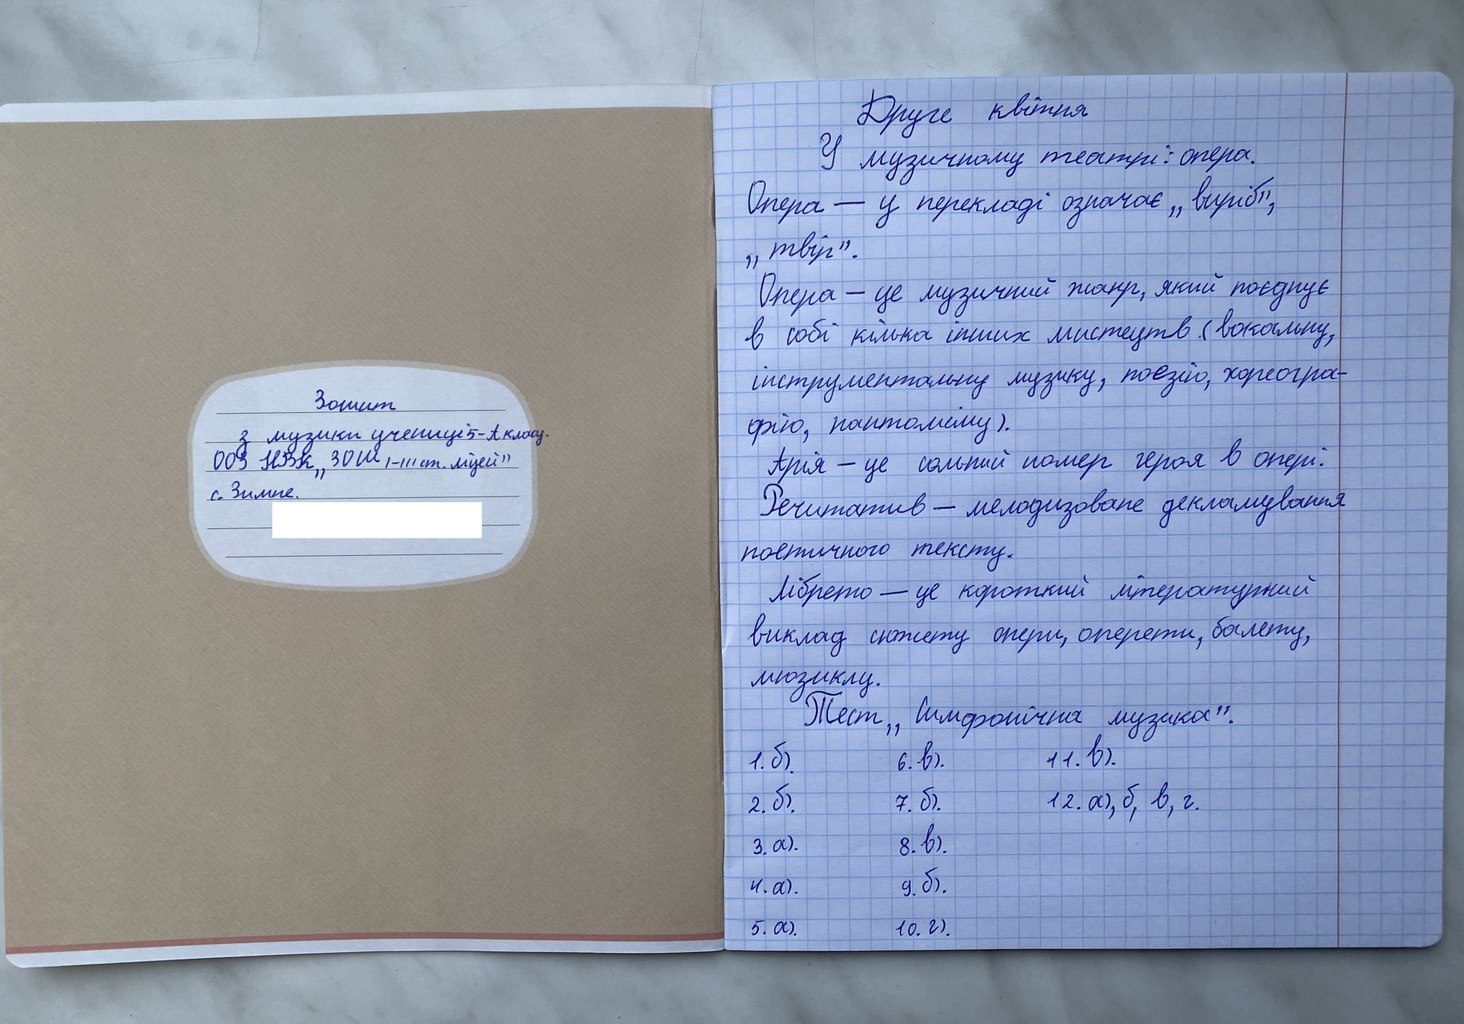
Друге квітня
У музичному театрі: опера.
Опера — у перекладі означає „виріб",
"твір".
Опера - це музичний жанр, який поєднує
в собі кілька інших мистецтв (вокальну,
інструментальну музику, поезію, хореогра-
Зошит
фію, пантоміму).
з музики учениці 5-А класу.
Арія - це сольний номер героя в опері:
ООЗ НВК „ЗОШ I-III ст. ліцей
с Зимне
Речитатив - мелодизоване декламування
поетичного тексту.
лібрето — це короткий літературний
виклад сюжету опери, оперети, балету,
мюзиклу.
Тест ,,Симфонічна музика".
1. б)   6.в)   11. в)
2. б)   7. б).   12. а), б, в, г
3. a).   8. в).
4. a).   9. б)
5. a).   10. г)